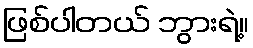
ဖြစ်ပါတယ် ဘွားရဲ့။